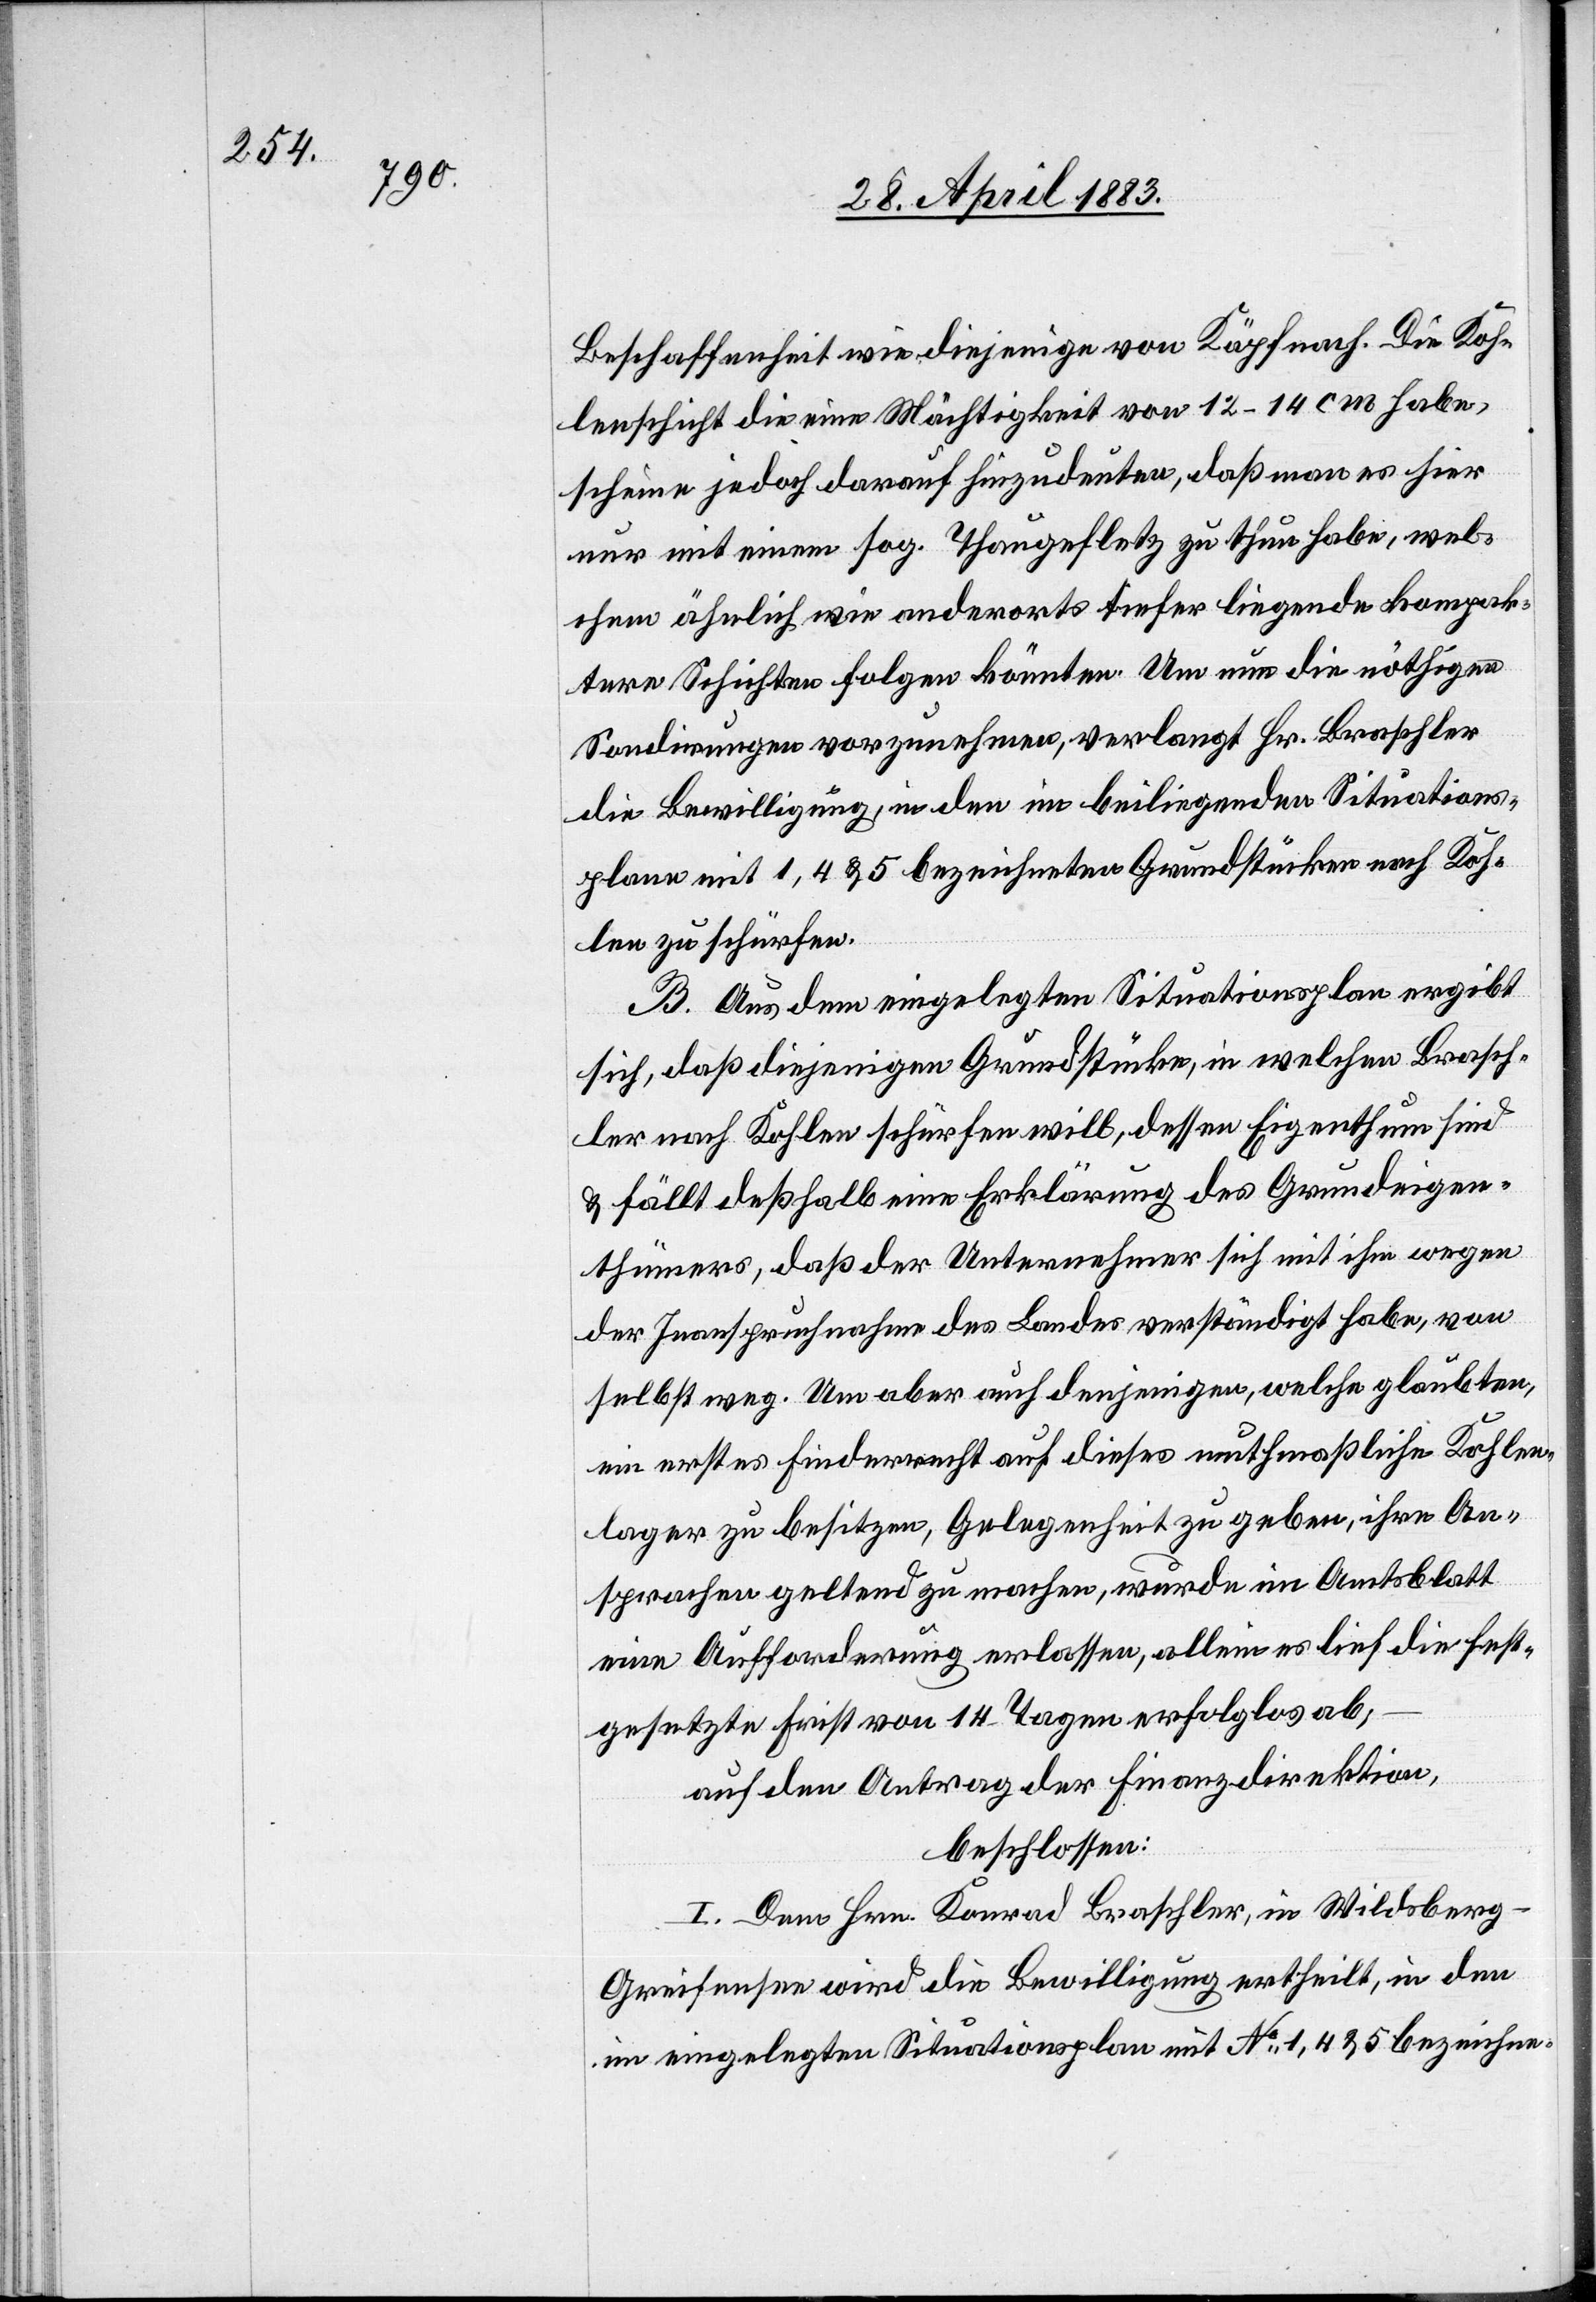
Beschaffenheit wie diejenige von Käpfnach. Die Koh¬
lenschicht die eine Mächtigkeit von 12–14cm habe,
scheine jedoch darauf hinzudeuten, daß man es hier
nur mit einem sog. Thaugefletz zu thun habe, wel¬
chem ähnlich wie andernorts tiefer liegende kompak¬
tere Schichten folgen könnten. Um nun die nöthigen
Sondirungen vorzunehmen, verlangt Hr. Braschler
die Bewilligung, in den im beiliegenden Situations¬
plan mit 1, 4 & 5 bezeichneten Grundstücken nach Koh¬
len zu schürfen.
B. Aus dem eingelegten Situationsplan ergibt
sich, daß diejenigen Grundstücken, in welchen Brasch¬
ler nach Kohlen schürfen will, dessen Eigenthum sind
& fällt deßhalb eine Erklärung des Grundeigen¬
thümers, daß der Unternehmer sich mit ihm wegen
der Inanspruchnahme des Landes verständigt habe, von
selbst weg. Um aber auch denjenigen, welche glaubten,
ein erstes Finderrecht auf dieses muthmaßliche Kohlen¬
lager zu besitzen, Gelegenheit zu geben, ihre An¬
sprache geltend zu machen, wurde im Amtsblatt
eine Aufforderung erlassen, allein es lief die fest¬
gesetzte Frist von 14 Tagen erfolglos ab;
auf den Antrag der Finanzdirektion,
beschlossen:
I. Dem Hrn. Konrad Braschler, in Wildsberg
Greifensee wird die Bewilligung ertheilt, in den
im eingelegten Situationsplan mit No 1, 4 & 5 bezeichne-